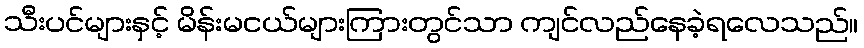
သီးပင်များနှင့် မိန်းမငယ်များကြားတွင်သာ ကျင်လည်နေခဲ့ရလေသည်။